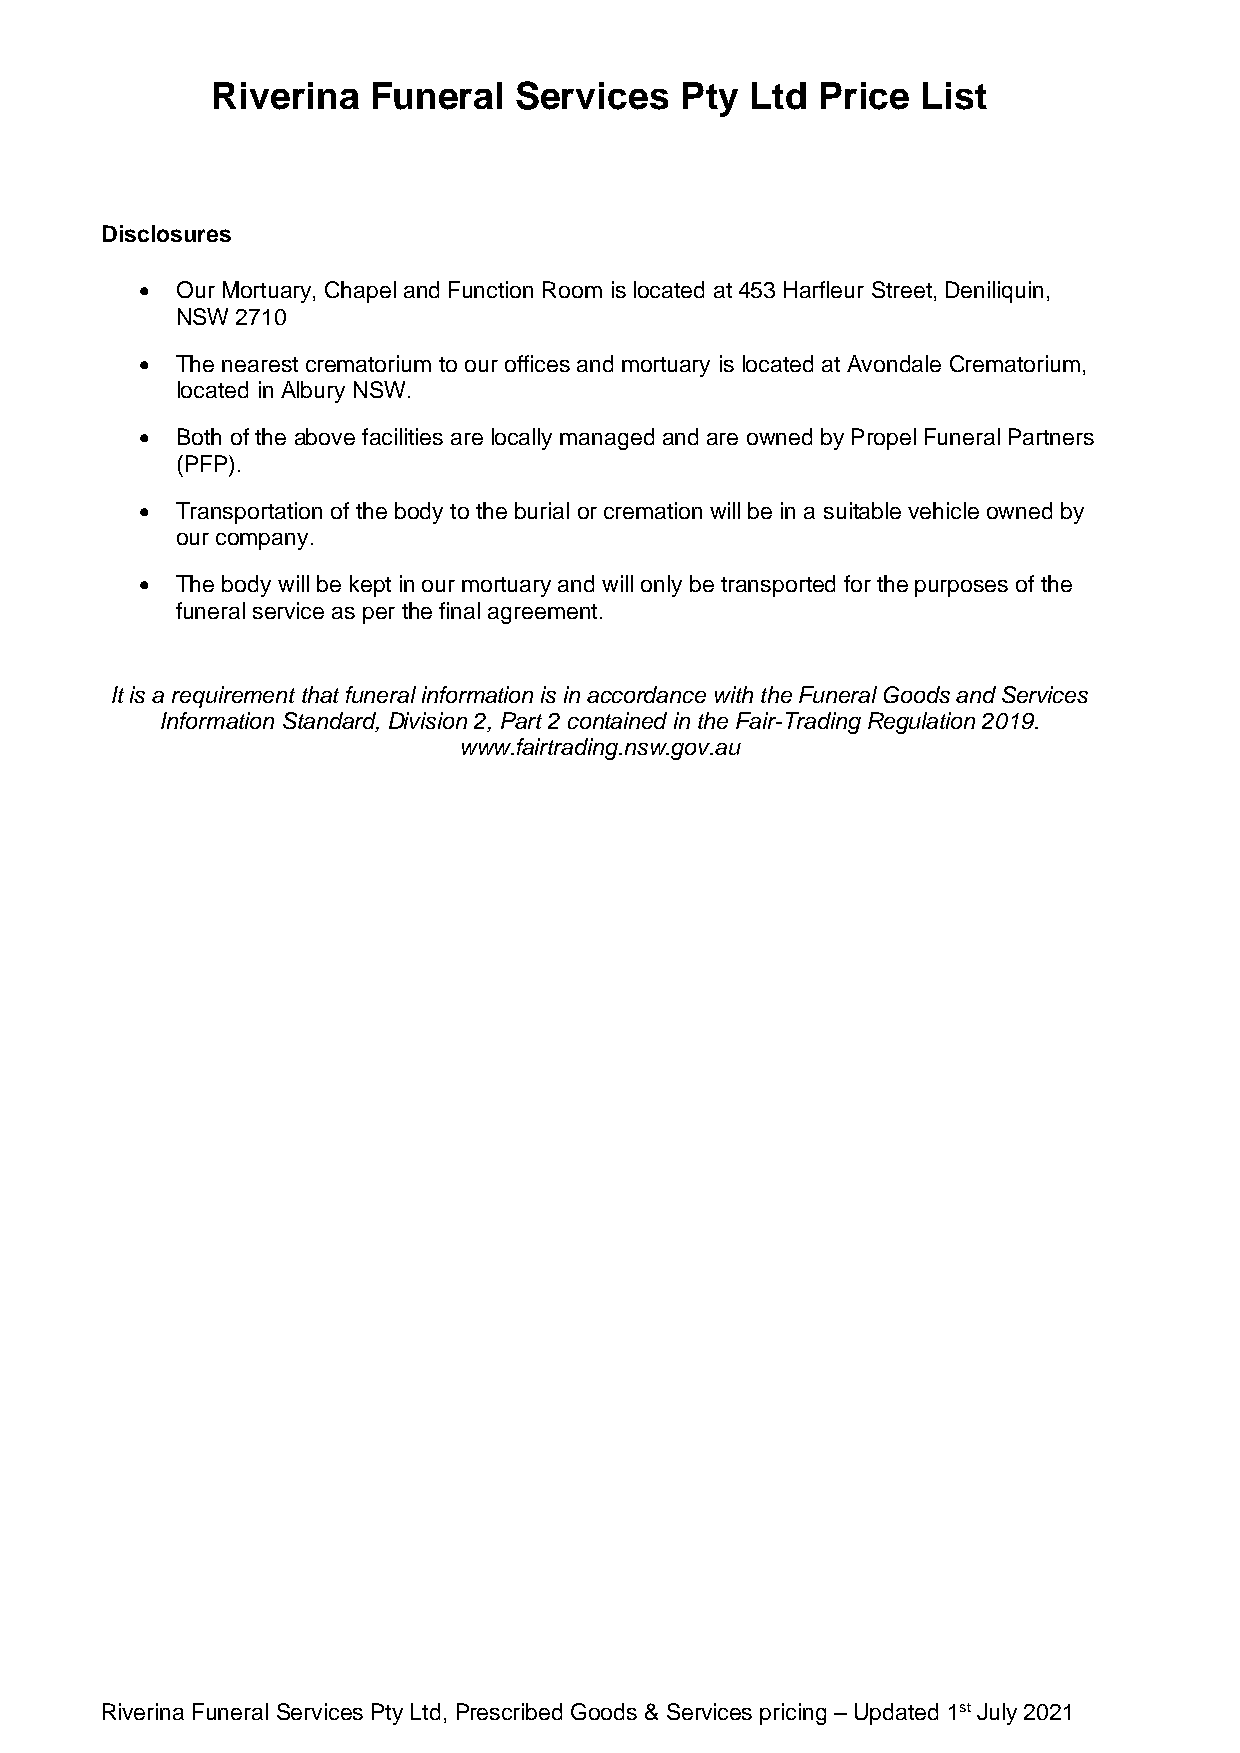
Riverina  Funeral   Services   Pty  Ltd Price  List
 Disclosures
 •  Our Mortuary, Chapel and Function Room is located at 453 Harfleur Street, Deniliquin,
 NSW 2710
 •  The nearest crematorium to our offices and mortuary is located at Avondale Crematorium,
 located in Albury NSW.
 •  Both of the above facilities are locally managed and are owned by Propel Funeral Partners
 (PFP).
 •  Transportation of the body to the burial or cremation will be in a suitable vehicle owned by
 our company.
 •  The body will be kept in our mortuary and will only be transported for the purposes of the
 funeral service as per the final agreement.
 It is a requirement that funeral information is in accordance with the Funeral Goods and Services
 Information Standard, Division 2, Part 2 contained in the Fair-Trading Regulation 2019.
 www.fairtrading.nsw.gov.au
 Riverina Funeral Services Pty Ltd, Prescribed Goods & Services pricing – Updated 1st July 2021